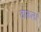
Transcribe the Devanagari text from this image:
ठाकला